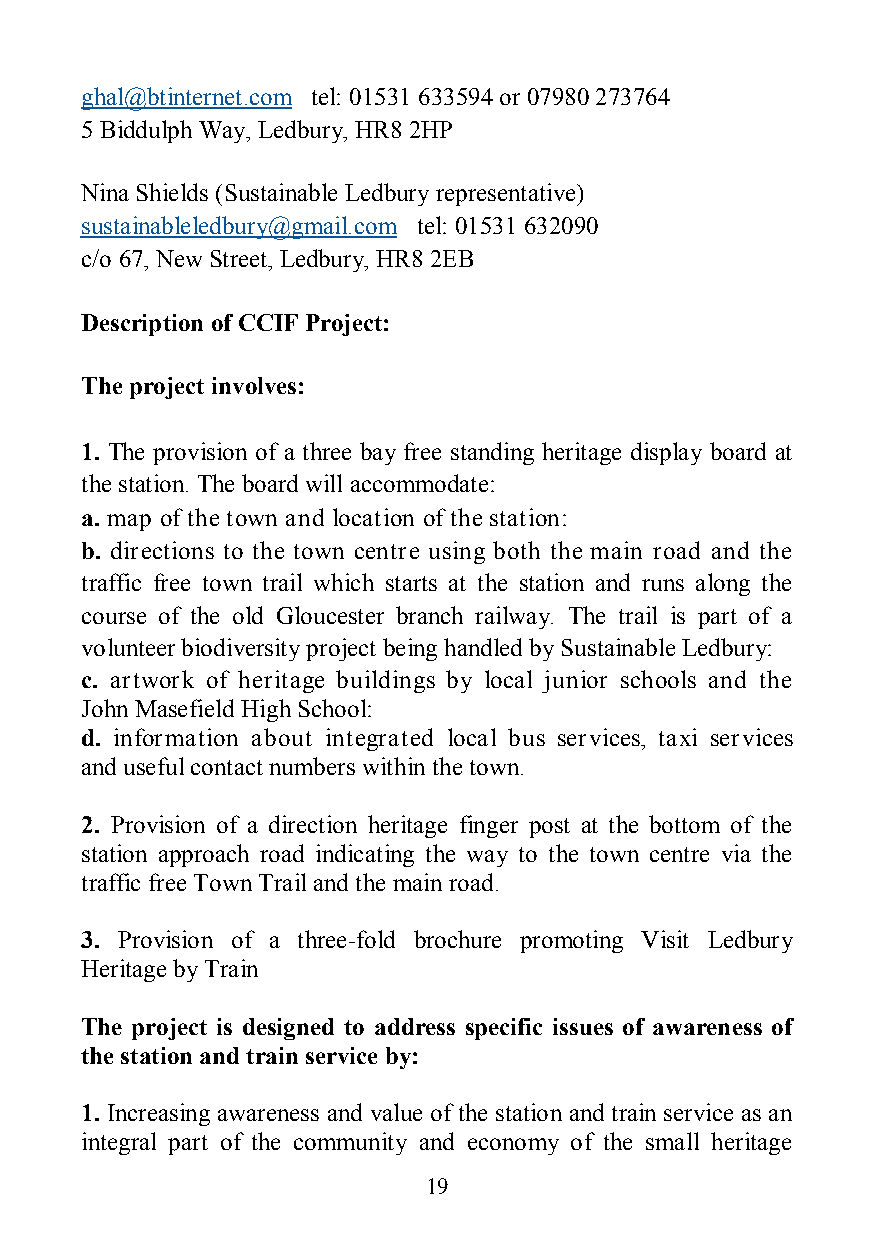
ghal@btinternet.com tel: 01531 633594 or 07980 273764
 5 Biddulph Way, Ledbury, HR8 2HP
 Nina Shields (Sustainable Ledbury representative)
 sustainableledbury@gmail.com tel: 01531 632090
 c/o 67, New Street, Ledbury, HR8 2EB
 Description of CCIF Project:
 The project involves:
 1. The provision of a three bay free standing heritage display board at
 the station. The board will accommodate:
 a. map of the town and location of the station:
 b. directions to the town centre using both the main road and the
 traffic free town trail which starts at the station and runs along the
 course of the old Gloucester branch railway. The trail is part of a
 volunteer biodiversity project being handled by Sustainable Ledbury:
 c. artwork of heritage buildings by local junior schools and the
 John Masefield High School:
 d. information about integrated local bus services, taxi services
 and useful contact numbers within the town.
 2. Provision of a direction heritage finger post at the bottom of the
 station approach road indicating the way to the town centre via the
 traffic free Town Trail and the main road.
 3. Provision of a three-fold brochure promoting Visit Ledbury
 Heritage by Train
 The project is designed to address specific issues of awareness of
 the station and train service by:
 1. Increasing awareness and value of the station and train service as an
 integral part of the community and economy of the small heritage
 19